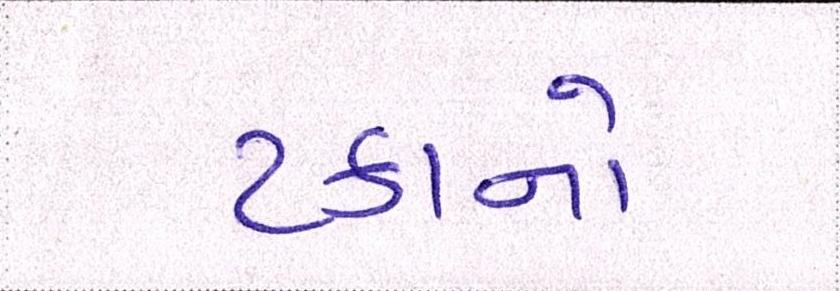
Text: ટકાનો